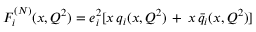
F _ { i } ^ { ( N ) } ( x , Q ^ { 2 } ) = e _ { i } ^ { 2 } [ x \, q _ { i } ( x , Q ^ { 2 } ) \, + \, x \, \bar { q } _ { i } ( x , Q ^ { 2 } ) ]